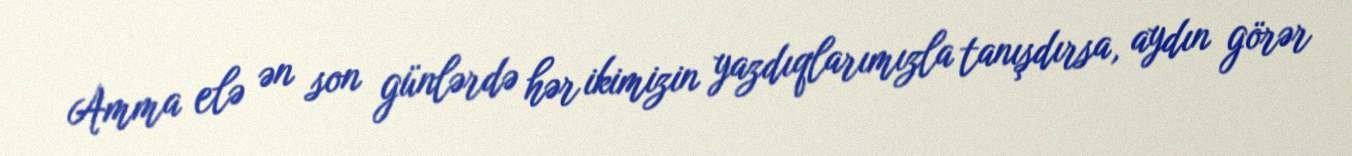
Amma elə ən son günlərdə hər ikimizin yazdıqlarımızla tanışdırsa, aydın görər